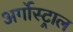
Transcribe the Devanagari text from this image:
अर्गोस्ट्राल